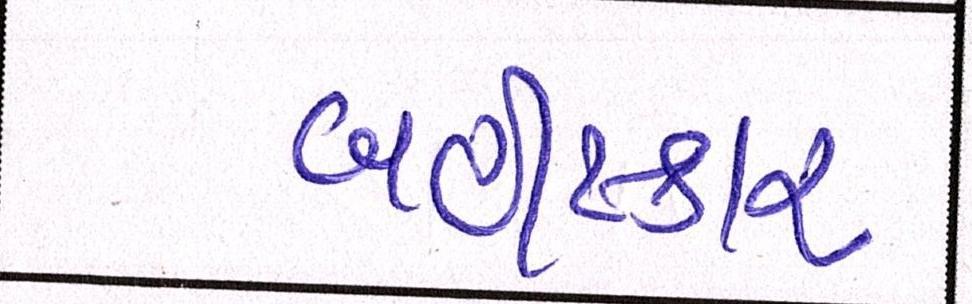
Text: બહીષ્કાર